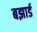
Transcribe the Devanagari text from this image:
बझार्ड